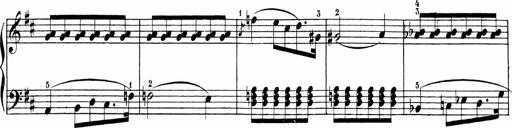
Title: 6 Sonatinas
Composer: Carl Reinecke